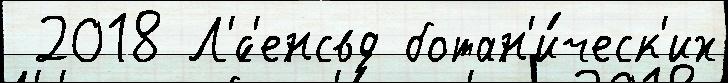
 2018 Л'́с'енсвд ботан'и́ческ'их